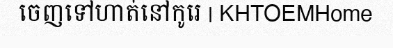
ចេញទៅហាត់នៅកូរេ | KHTOEMHome